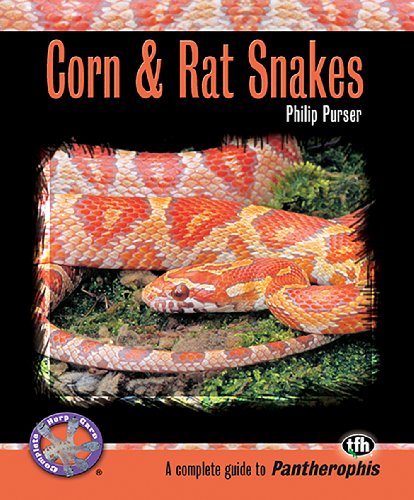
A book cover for Corn & Rat Snakes (Complete Herp Care); Phillip Purser; Crafts, Hobbies & Home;